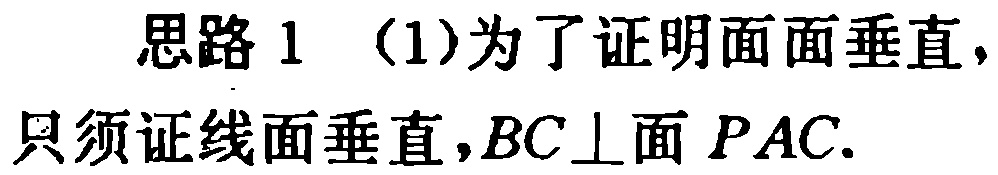
思路 1 （1）为了证明面面垂直，只须证线面垂直，\(BC\perp\)面 \(PAC\).